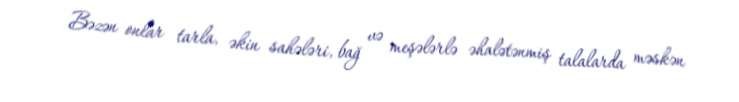
Bəzən onlar tarla, əkin sahələri, bağ və meşələrlə əhalətənmiş talalarda məskən